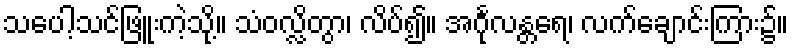
သပေါ့သင်ဖြူးကဲ့သို့။ သံဝလ္လိတွာ၊ လိပ်၍။ အင်္ဂုလန္တရေ၊ လက်ချောင်းကြား၌။